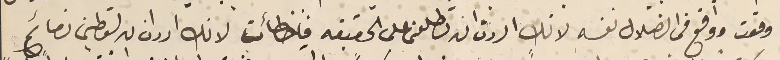
وقعت واوقع فى الضلال نفسه لانك اردت ان تطلعنى على الحقيقه فاخطأت لانك ادران ان تعطيني نصائح